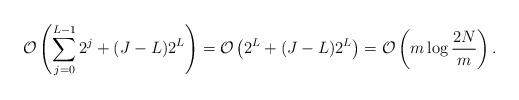
LaTeX: \begin{align*} \mathcal{O}\left(\sum_{j=0}^{L-1}2^j+(J-L)2^L\right)=\mathcal{O}\left(2^L+(J-L)2^L\right)=\mathcal{O}\left(m\log\frac{2N}{m}\right).\end{align*}